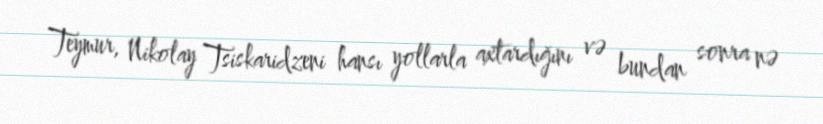
Teymur, Nikolay Tsiskaridzeni hansı yollarla axtardığını və bundan sonra nə